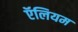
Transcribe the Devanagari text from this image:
ऍलियम